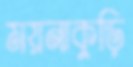
ময়নাকুড়ি